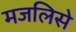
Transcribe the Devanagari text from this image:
मजलिसे